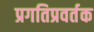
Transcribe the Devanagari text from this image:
प्रगतिप्रवर्तक